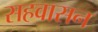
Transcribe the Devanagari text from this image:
सहवासन